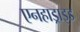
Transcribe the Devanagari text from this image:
एनहाड्राइड